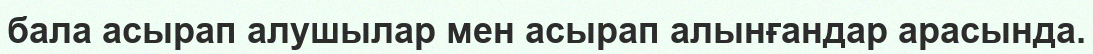
бала асырап алушылар мен асырап алынғандар арасында.